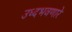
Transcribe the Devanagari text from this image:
उध्दभवणारे